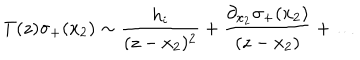
T ( z ) \sigma _ { + } ( x _ { 2 } ) \sim \frac { h _ { i } } { ( z - x _ { 2 } ) ^ { 2 } } + \frac { \partial _ { x _ { 2 } } \sigma _ { + } ( x _ { 2 } ) } { ( z - x _ { 2 } ) } + \ldots